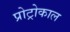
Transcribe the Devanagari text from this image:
प्रोट्रोकाल